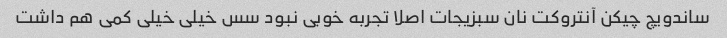
ساندویچ چیکن آنتروکت نان سبزیجات اصلا تجربه خوبی نبود سس خیلی خیلی کمی هم داشت